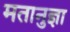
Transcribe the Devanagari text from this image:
मतानुज्ञा